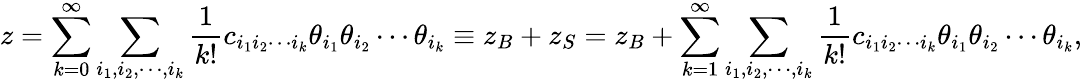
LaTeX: z=\sum_{k=0}^{\infty}\sum_{i_{1},i_{2},\cdots,i_{k}}{\frac{1}{k!}}c_{i_{1}i_{2}\cdots i_{k}}\theta_{i_{1}}\theta_{i_{2}}\cdots\theta_{i_{k}}\equiv z_{B}+z_{S}=z_{B}+\sum_{k=1}^{\infty}\sum_{i_{1},i_{2},\cdots,i_{k}}{\frac{1}{k!}}c_{i_{1}i_{2}\cdots i_{k}}\theta_{i_{1}}\theta_{i_{2}}\cdots\theta_{i_{k}},